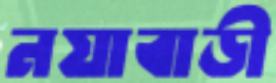
নয়াবাড়ী